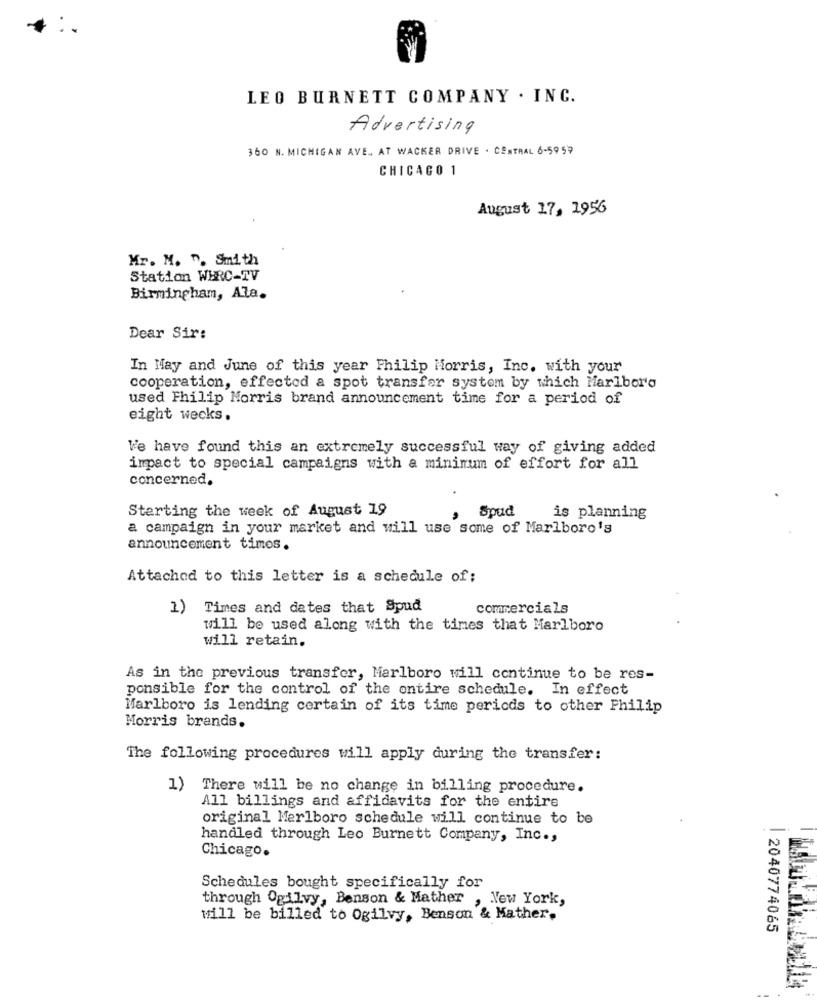
LEO BURNETT COMPANY . INC.
Advertising
360 N. MICHIGAN AVE ., AT WACKER DRIVE . CENTRAL 6-59 59
CHICAGO 1
August 17, 1956
Mr. M. n. Smith
Station WHRC-TV
Birmingham, Ala.
Dear Sir:
In May and June of this year Philip Morris, Inc. with your
cooperation, effectod a spot transfer system by which Marlboro
used Philip Morris brand announcement time for a period of
eight wecks.
We have found this an extremely successful way of giving added
impact to special campaigns with a minimum of effort for all
concerned.
Starting the week of August 19
, Spud
is planning
a campaign in your market and will use some of Marlboro's
announcement times.
Attached to this letter is a schedule of;
1) Times and dates that Spud
commercials
will be used along with the times that Marlboro
will retain.
As in the previous transfer, Marlboro will continue to be res-
ponsible for the control of the entire schedule. In effect
Marlboro is lending certain of its time periods to other Philip
Morris brands.
The following procedures will apply during the transfer:
1)
There will be no change in billing procedure.
All billings and affidavits for the entire
original Marlboro schedule will continue to be
handled through Leo Burnett Company, Inc .,
Chicago.
Schedules bought specifically for
through Ogilvy, Benson & Mather , New York,
will be billed to Ogilvy, Benson & Mather.
| 2040774065